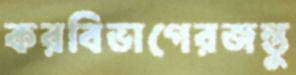
করবিভাগেরজন্তু